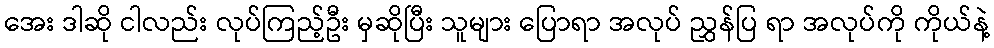
အေး ဒါဆို ငါလည်း လုပ်ကြည့်ဦး မှဆိုပြီး သူများ ပြောရာ အလုပ် ညွှန်ပြ ရာ အလုပ်ကို ကိုယ်နဲ့